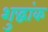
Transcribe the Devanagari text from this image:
शुद्धांक